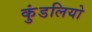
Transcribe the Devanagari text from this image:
कुंडलियो